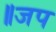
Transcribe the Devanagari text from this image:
॥जप